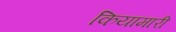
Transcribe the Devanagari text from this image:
कियामारी